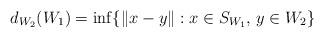
LaTeX: \begin{align*}d_{W_2}(W_1) = \inf\{ \|x - y \| : x \in S_{W_1}, \, y \in W_2\}\end{align*}